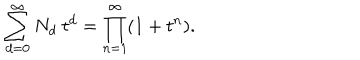
\sum _ { d = 0 } ^ { \infty } N _ { d } ~ t ^ { d } = \prod _ { n = 1 } ^ { \infty } ( 1 + t ^ { n } ) .